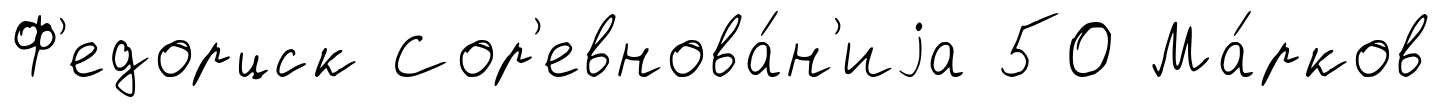
Ф'едорцск Сор'евнова́н'иjа 50 Ма́рков